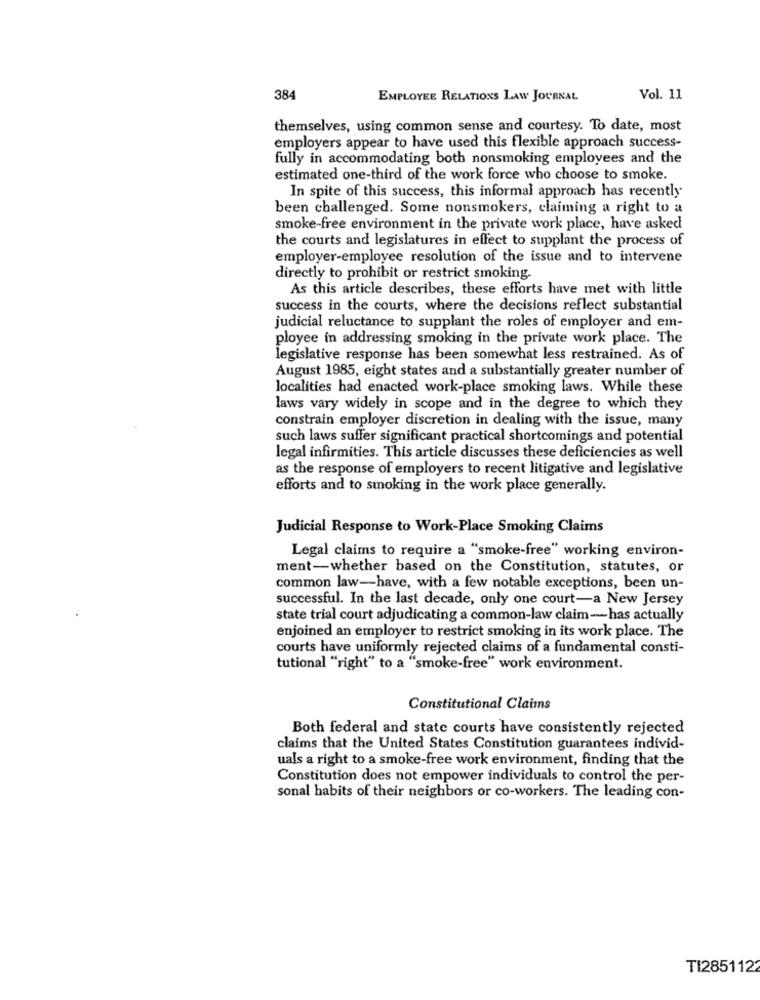
384
EMPLOYEE RELATIONS LAW JOURNAL
Vol. 11
themselves, using common sense and courtesy. To date, most
employers appear to have used this flexible approach success-
fully in accommodating both nonsmoking employees and the
estimated one-third of the work force who choose to smoke.
In spite of this success, this informal approach has recently
been challenged. Some nonsmokers, claiming a right to a
smoke-free environment in the private work place, have asked
the courts and legislatures in effect to supplant the process of
employer-employee resolution of the issue and to intervene
directly to prohibit or restrict smoking.
As this article describes, these efforts have met with little
success in the courts, where the decisions reflect substantial
judicial reluctance to supplant the roles of employer and em-
ployee in addressing smoking in the private work place. The
legislative response has been somewhat less restrained. As of
August 1985, eight states and a substantially greater number of
localities had enacted work-place smoking laws. While these
laws vary widely in scope and in the degree to which they
constrain employer discretion in dealing with the issue, many
such laws suffer significant practical shortcomings and potential
legal infirmities. This article discusses these deficiencies as well
as the response of employers to recent litigative and legislative
efforts and to smoking in the work place generally.
Judicial Response to Work-Place Smoking Claims
Legal claims to require a "smoke-free" working environ-
ment-whether based on the Constitution, statutes, or
common law-have, with a few notable exceptions, been un-
successful. In the last decade, only one court-a New Jersey
state trial court adjudicating a common-law claim -- has actually
enjoined an employer to restrict smoking in its work place. The
courts have uniformly rejected claims of a fundamental consti-
tutional "right" to a "smoke-free" work environment.
Constitutional Claims
Both federal and state courts have consistently rejected
claims that the United States Constitution guarantees individ-
uals a right to a smoke-free work environment, finding that the
Constitution does not empower individuals to control the per-
sonal habits of their neighbors or co-workers. The leading con-
TI2851122